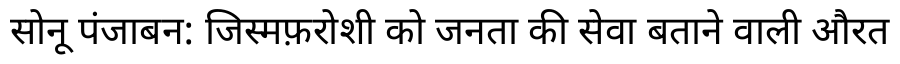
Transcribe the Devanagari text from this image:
सोनू पंजाबन: जिस्मफ़रोशी को जनता की सेवा बताने वाली औरत